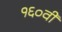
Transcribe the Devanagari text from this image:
१६०वीं